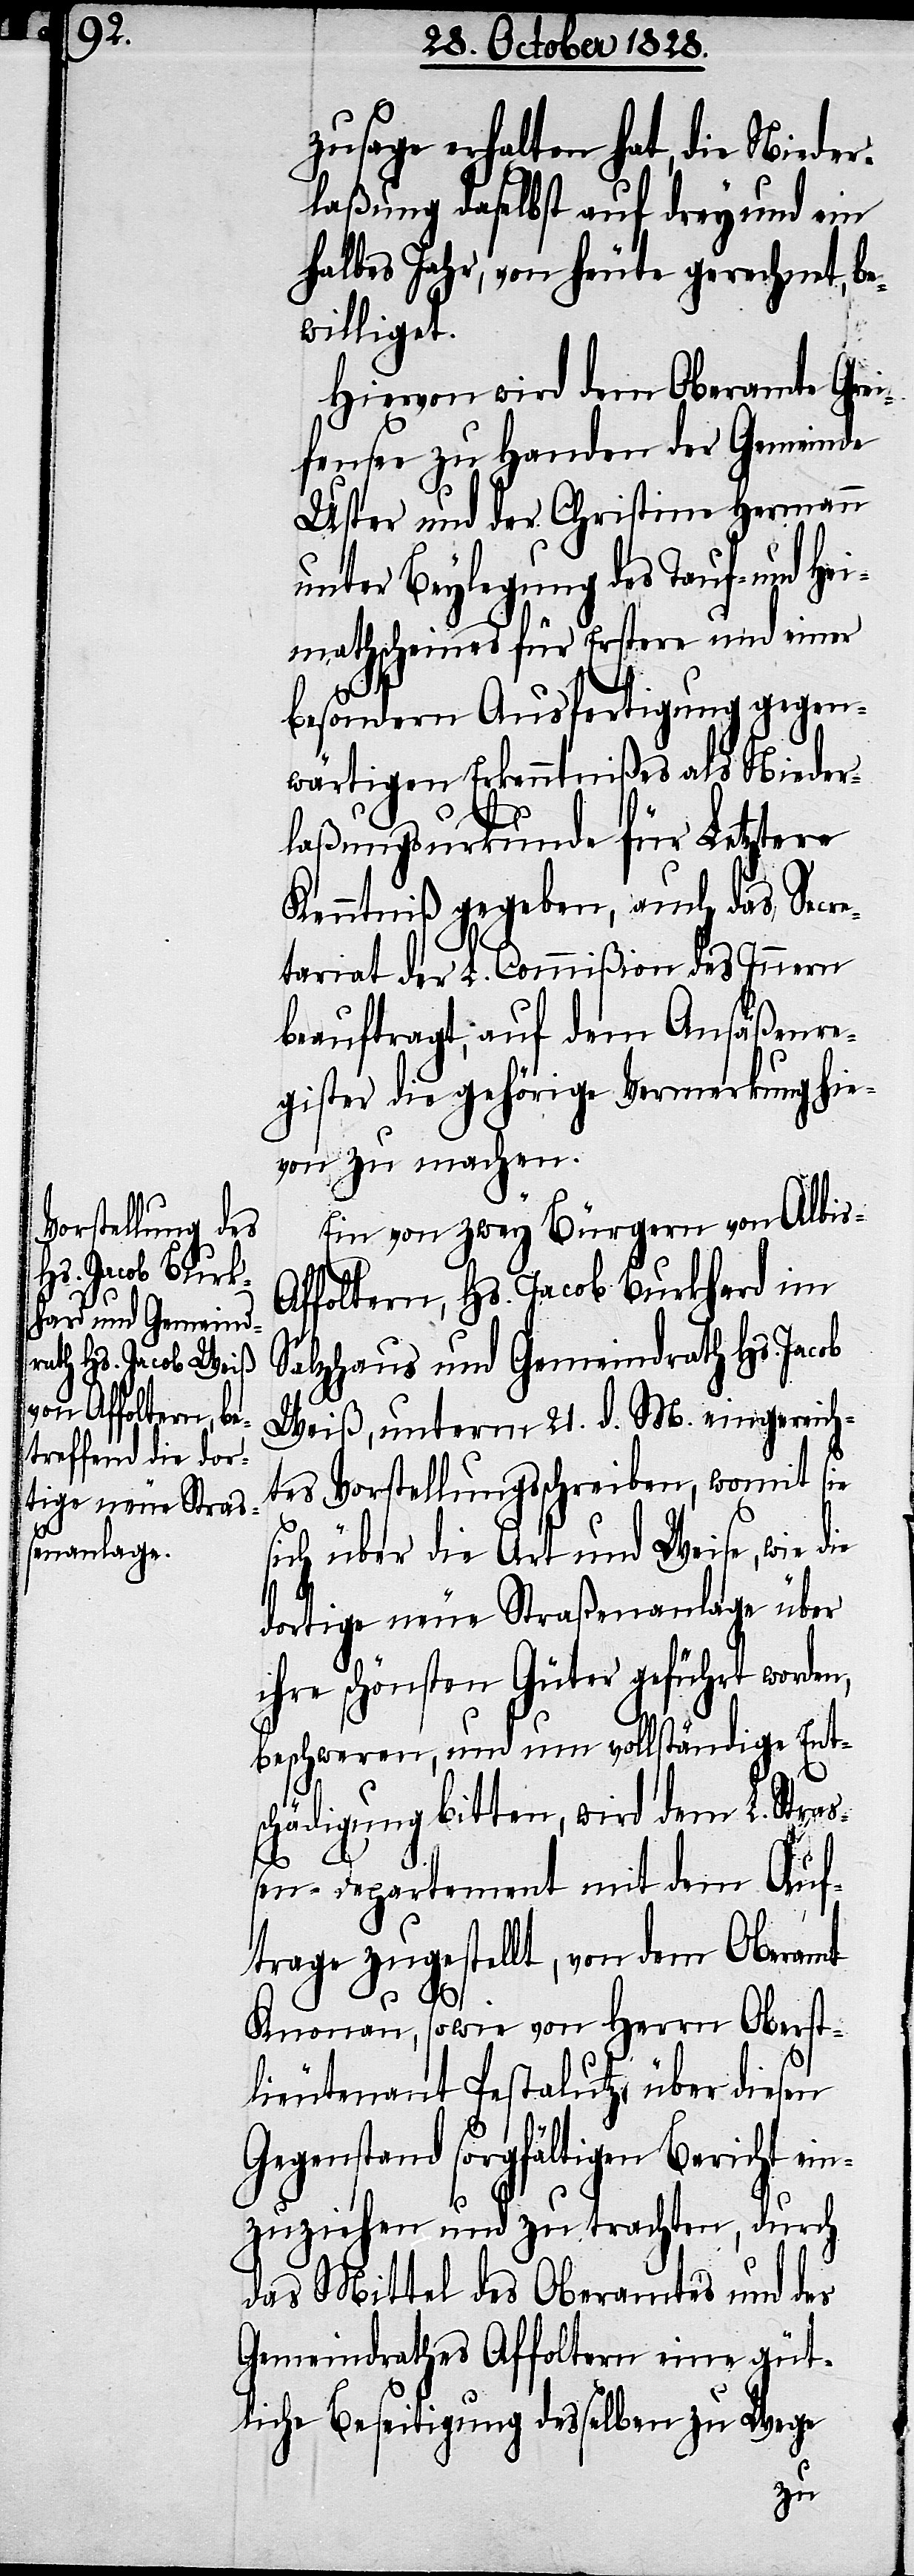
Ge¬

zusage erhalten hat, die Nieder¬
laßung daselbst auf drey und ein
halbes Jahr, von heute gerechnet, be¬
williget.
Hiervon wird dem Oberamte Grei¬
fensee zu Handen der Gemeinde
Uster und der Christine Hermann
unter Beylegung des Tauf- und Hei¬
mathscheines für Erstere und einer
besondern Ausfertigung gegen¬
wärtigen Erkenntnißes als Nieder¬
laßungsurkunde für Letztere
Kenntniß gegeben, auch das Secre¬
tariat der L. Commißion des Innern
beauftragt, auf dem Ansäßenre¬
gister die gehörige Vermerkung hie¬
von zu machen.
Ein von zwey Bürgern von Albis-A¬
ffoltern, Hs. Jacob Burkhard im
Salzhaus und Gemeindrath Hs. Jacob
Weiß, unterm 21. d. M. eingereich¬
tes Vorstellungsschreiben, womit sie
sich über die Art und Weise, wie die
dortige neue Straßenanlage über
ihre schönsten Güter geführt worden,
beschweren, und um vollständige Ent¬
schädigung bitten, wird dem L. Straß¬
en-Departement mit dem Auf¬
trage zugestellt, von dem Oberamt
Knonau, sowie von Herrn Oberst¬
lieutenant Pestalutz über diesen
genstand sorgfältigen Bericht e¬
inzuziehen und zu trachten, durch
das Mittel des Oberamtes und des
Gemeindrathes Affoltern eine güt¬
liche Beseitigung desselben zu Wege